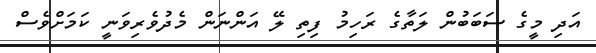
އަދި މީގެ ސަބަބުން ލަތާގެ ރަހިމު ފިތި ލޭ އަންނަން މެދުވެރިވަނީ ކަމަށްވެސް